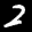
Label: 2